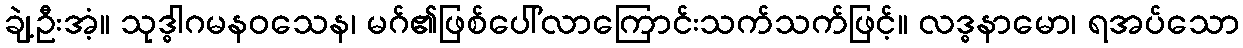
ချဲ့ဦးအံ့။ သုဒ္ဓါဂမနဝသေန၊ မဂ်၏ဖြစ်ပေါ်လာကြောင်းသက်သက်ဖြင့်။ လဒ္ဓနာမော၊ ရအပ်သော